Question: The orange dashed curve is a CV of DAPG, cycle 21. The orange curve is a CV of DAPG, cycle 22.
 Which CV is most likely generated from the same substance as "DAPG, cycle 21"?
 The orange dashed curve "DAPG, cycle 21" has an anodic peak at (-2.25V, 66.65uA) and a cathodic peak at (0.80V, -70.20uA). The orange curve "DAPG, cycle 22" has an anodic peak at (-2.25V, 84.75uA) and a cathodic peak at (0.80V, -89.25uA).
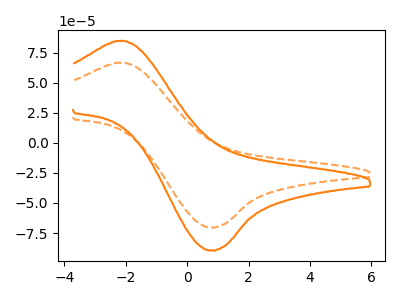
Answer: <think>All the peaks in "DAPG, cycle 21" have a peak in "DAPG, cycle 22" at the same potential. Every peak in "DAPG, cycle 21" is lower than every peak in "DAPG, cycle 22".
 </think>
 <answer>The CV with the most similar shape to "DAPG, cycle 22" is "DAPG, cycle 21".</answer>
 <eval>"DAPG, cycle 21"</eval>